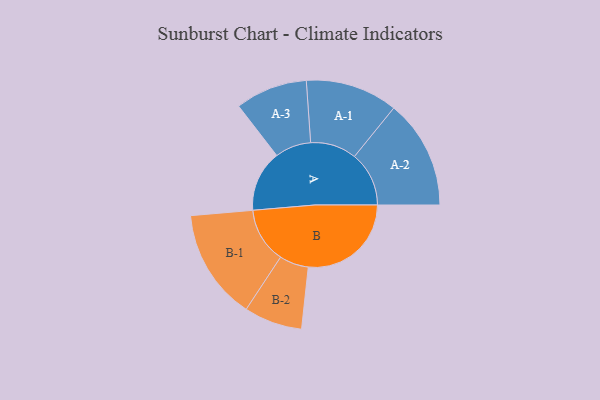
{"axis": {"x": "Segment", "y": "Value"}, "legend": ["", "A", "B"], "data": [{"x": "A", "y": 292, "type": ""}, {"x": "B", "y": 491, "type": ""}, {"x": "A-1", "y": 220, "type": "A"}, {"x": "A-2", "y": 260, "type": "A"}, {"x": "A-3", "y": 172, "type": "A"}, {"x": "B-1", "y": 264, "type": "B"}, {"x": "B-2", "y": 139, "type": "B"}]}